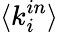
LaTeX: \langle k_{i}^{in}\rangle